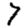
Digit: 7